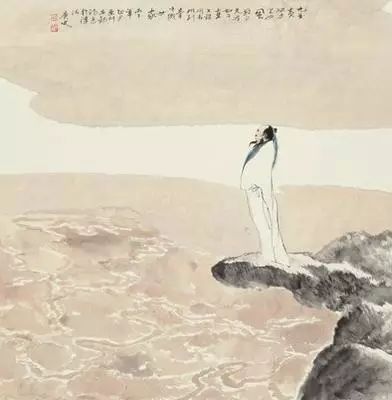
马思边草拳毛动，雕眄青云睡眼开。